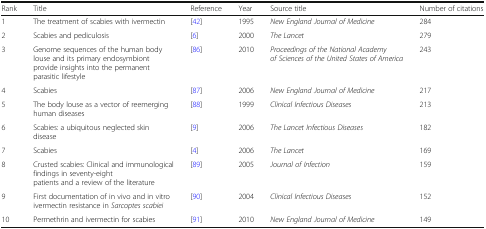
<table><thead><tr><td><b>Rank</b></td><td><b>Title</b></td><td><b>Reference</b></td><td><b>Year</b></td><td><b>Source title</b></td><td><b>Number of citations</b></td></tr></thead><tbody><tr><td>1</td><td>The treatment of scabies with ivermectin</td><td>[42]</td><td>1995</td><td><i>New England Journal of Medicine</i></td><td>284</td></tr><tr><td>2</td><td>Scabies and pediculosis</td><td>[6]</td><td>2000</td><td><i>The Lancet</i></td><td>279</td></tr><tr><td>3</td><td>Genome sequences of the human body louse and its primary endosymbiont provide insights into the permanent parasitic lifestyle</td><td>[86]</td><td>2010</td><td><i>Proceedings of the National Academy of Sciences of the United States of America</i></td><td>243</td></tr><tr><td>4</td><td>Scabies</td><td>[87]</td><td>2006</td><td><i>New England Journal of Medicine</i></td><td>217</td></tr><tr><td>5</td><td>The body louse as a vector of reemerging human diseases</td><td>[88]</td><td>1999</td><td><i>Clinical Infectious Diseases</i></td><td>213</td></tr><tr><td>6</td><td>Scabies: a ubiquitous neglected skin disease</td><td>[9]</td><td>2006</td><td><i>The Lancet Infectious Diseases</i></td><td>182</td></tr><tr><td>7</td><td>Scabies</td><td>[4]</td><td>2006</td><td><i>The Lancet</i></td><td>169</td></tr><tr><td>8</td><td>Crusted scabies: Clinical and immunological findings in seventy-eight patients and a review of the literature</td><td>[89]</td><td>2005</td><td><i>Journal of Infection</i></td><td>159</td></tr><tr><td>9</td><td>First documentation of in vivo and in vitro ivermectin resistance in <i>Sarcoptes scabiei</i></td><td>[90]</td><td>2004</td><td><i>Clinical Infectious Diseases</i></td><td>152</td></tr><tr><td>10</td><td>Permethrin and ivermectin for scabies</td><td>[91]</td><td>2010</td><td><i>New England Journal of Medicine</i></td><td>149</td></tr></tbody></table>